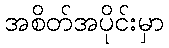
အစိတ်အပိုင်းမှာ